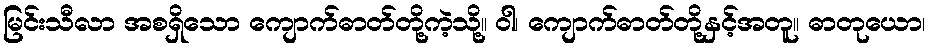
မြင်းသီလာ အစရှိသော ကျောက်ဓာတ်တို့ကဲ့သို့။ ဝါ၊ ကျောက်ဓာတ်တို့နှင့်အတူ။ ဓာတုယော၊